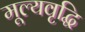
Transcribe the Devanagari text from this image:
मूल्‍यवृद्धि